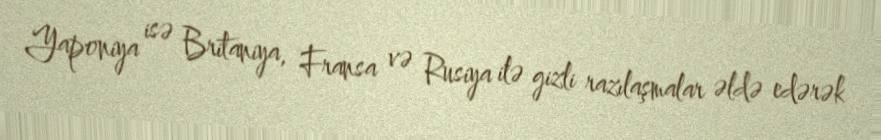
Yaponiya isə Britaniya, Fransa və Rusiya ilə gizli razılaşmalar əldə edərək